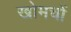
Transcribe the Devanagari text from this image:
खोमचों